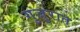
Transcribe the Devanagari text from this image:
गुजुरात